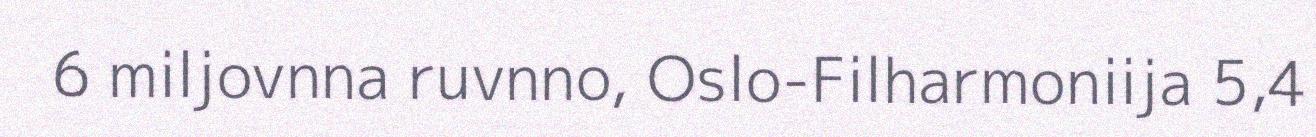
6 miljovnna ruvnno, Oslo-Filharmoniija 5,4